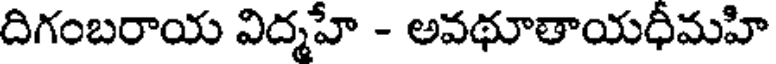
దిగంబరాయ విద్మహే - అవథూతాయధీమహి